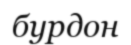
бурдон